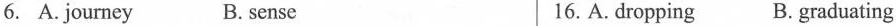
6. A. Journey B. sense 16. A. dropping B. graduating